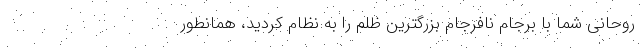
روحانی شما با برجام نافرجام بزرگترین ظلم را به نظام کردید، همانطور